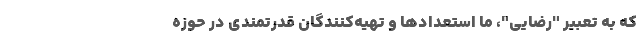
که به تعبیرِ "رضایی"، ما استعدادها و تهیه‌کنندگان قدرتمندی در حوزه